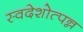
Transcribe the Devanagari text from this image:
स्वदेशोत्पन्न